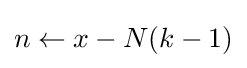
n\leftarrow x-N(k-1)